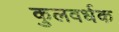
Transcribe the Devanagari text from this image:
कुलवर्धक